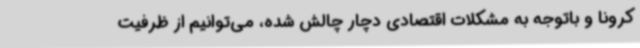
کرونا و باتوجه به مشکلات اقتصادی دچار چالش شده، می‌توانیم از ظرفیت